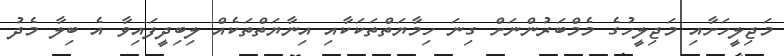
މަޖިލީހަށާއި މަޖިލީހުގެ މެމްބަރުންނަށް ގިނަ ހިމާޔަތްތަކަކާއި އިނާޔަތްތަކެއް ލިބިދީފައިވާ އެ ބިލާ މެދު